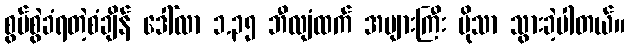
စွပ်စွဲခံရတဲ့စံချိန် ဒေါ်လာ ၁.၃၅ ဘီလျံထက် အများကြီး ပိုသာ သွားခဲ့ပါတယ်။